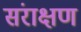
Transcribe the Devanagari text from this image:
संराक्षण